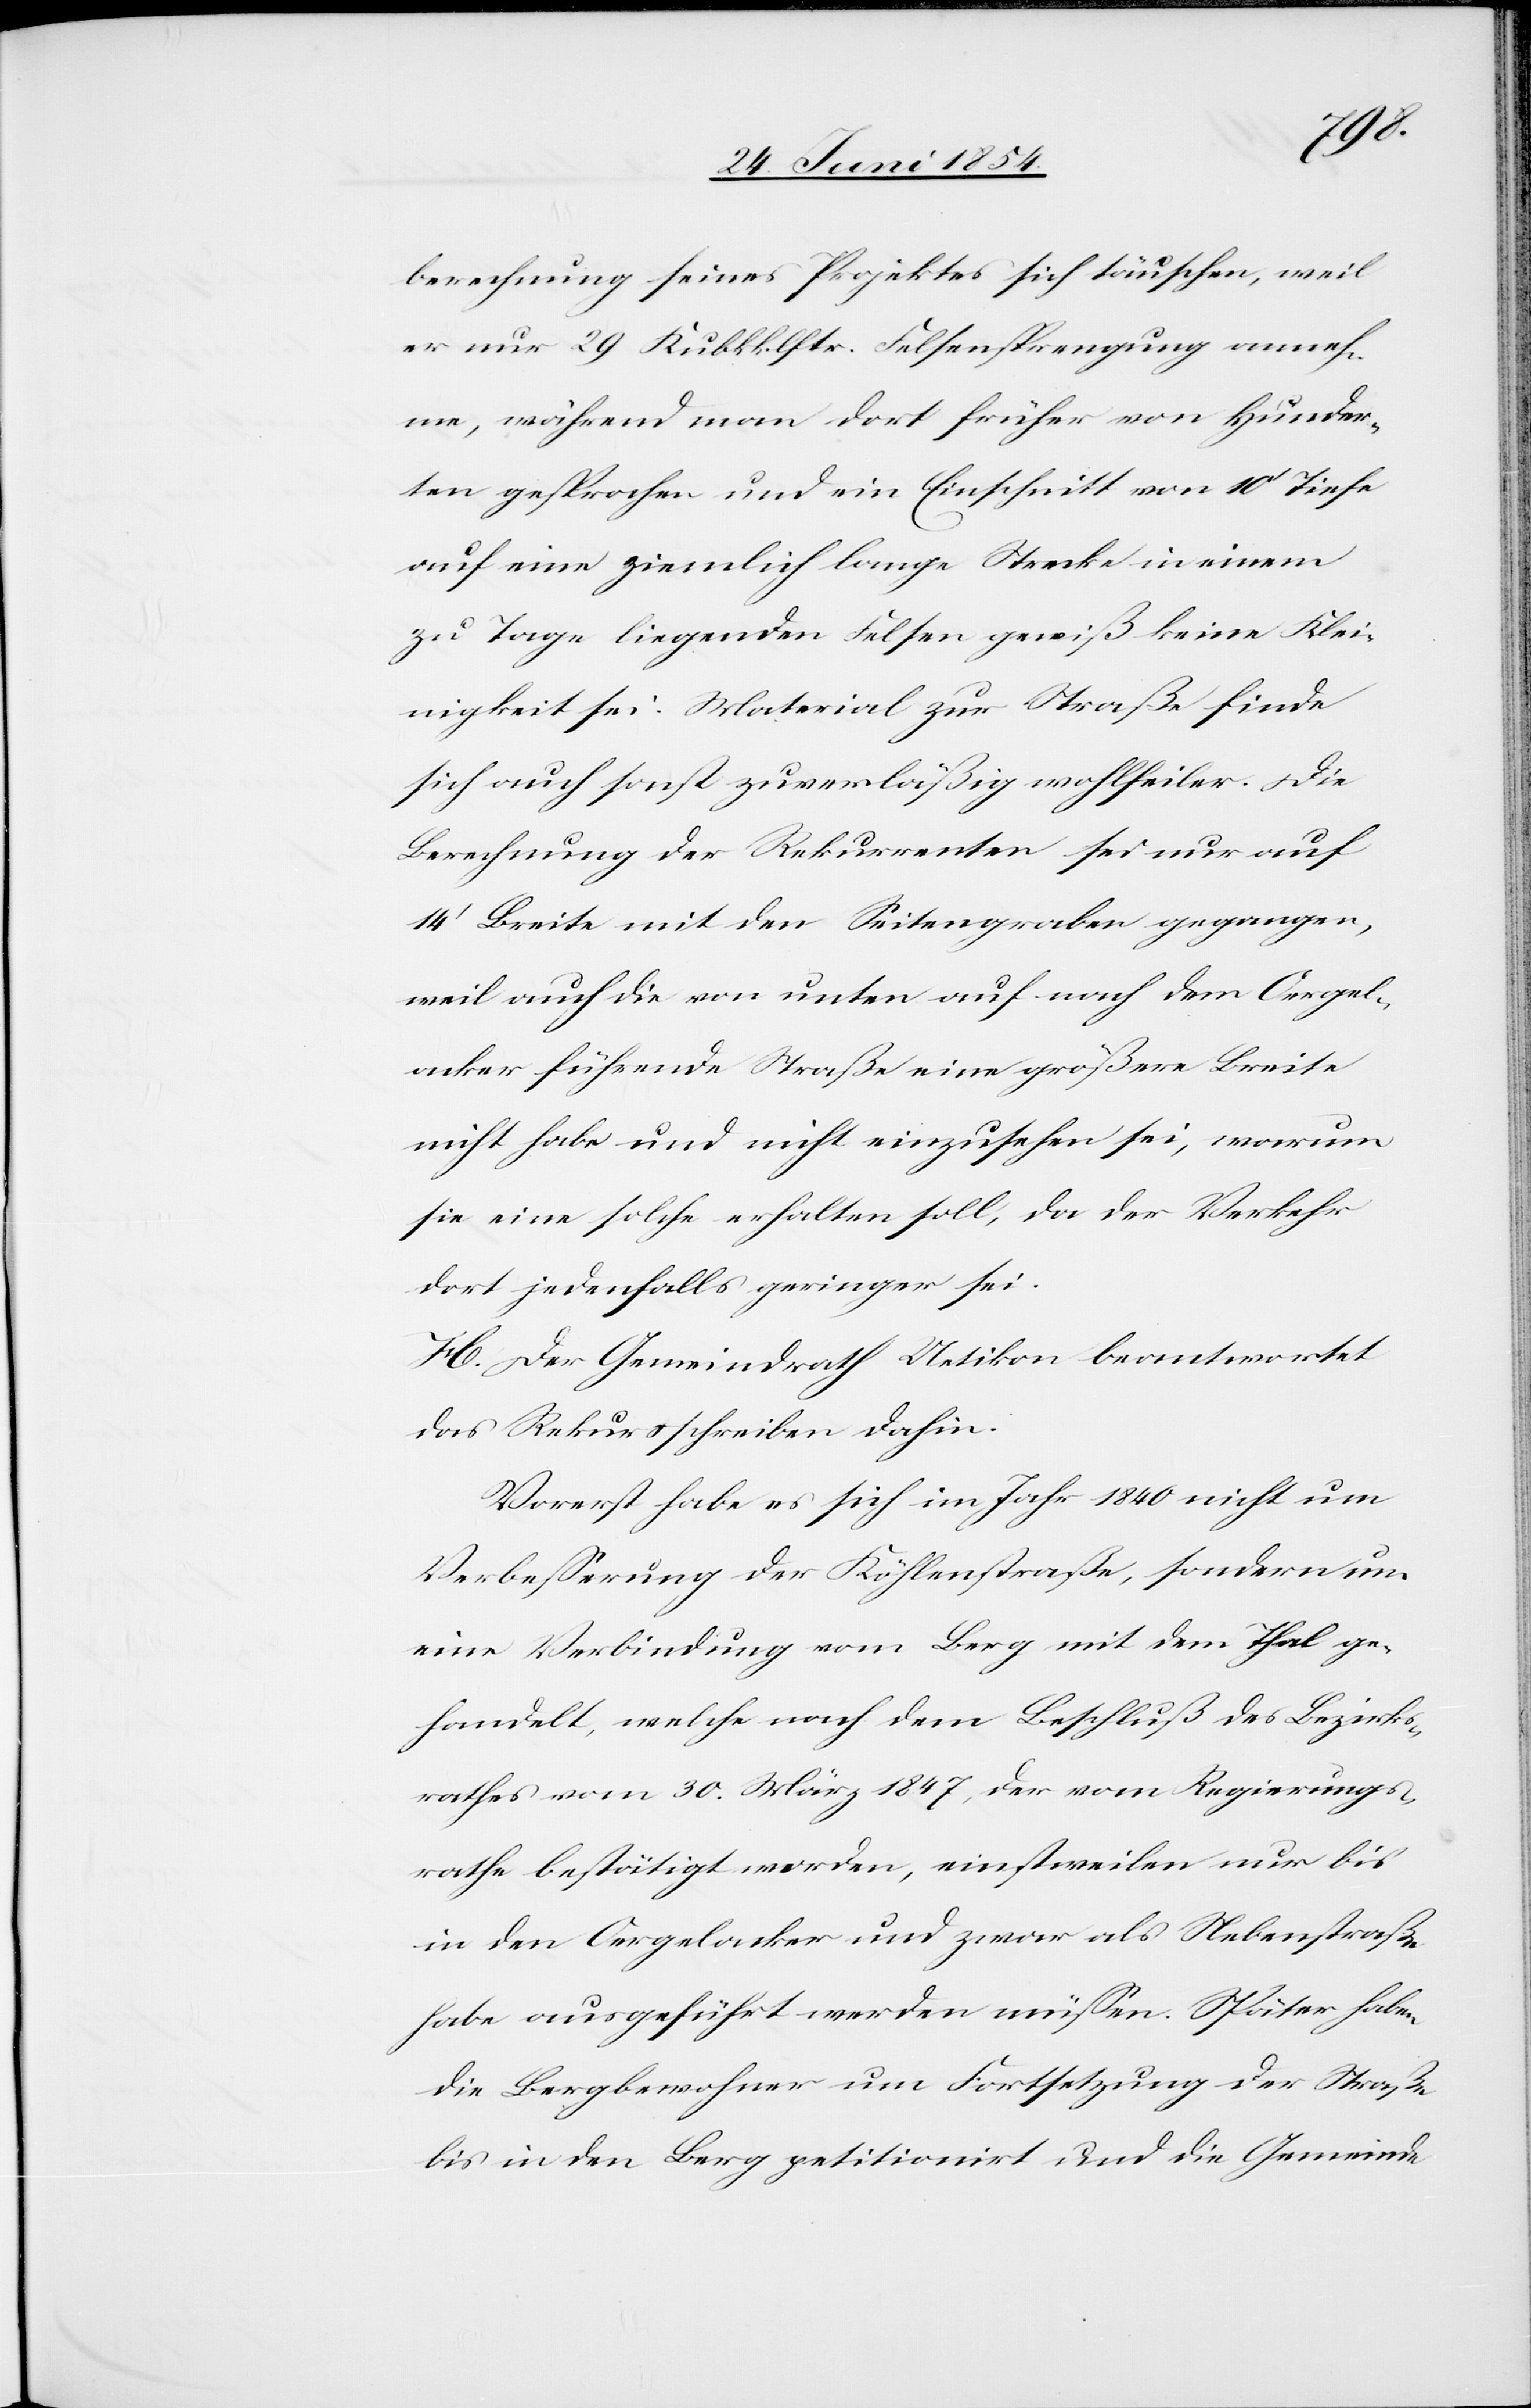
berechnung seines Projektes sich täuschen, weil
er nur 29 Kubikklstr. Felsensprengung anneh¬
me, während man dort früher von hunder¬
ten gesprochen und ein Einschnitt von 10‘ Tiefe
auf eine ziemlich lange Strecke in einem
zu Tage liegenden Felsen gewiß keine Klei¬
nigkeit sei. Material zur Straße finde
sich auch sonst zuverläßig wohlfeiler. Die
Berechnung der Rekurrenten sei nur auf
14‘ Breite mit den Seitengraben gegangen,
weil auch die von unten auf nach dem Oergel¬
acker führende Straße eine größere Breite
nicht habe und nicht einzusehen sei, warum
sie eine solche erhalten soll, da der Verkehr
dort jedenfalls geringer sei.
H. Der Gemeindrath Uetikon beantwortet
das Rekursschreiben dahin.
Vorerst habe es sich im Jahre 1840 nicht um
Verbeßerung der Köhlenstraße, sondern um
eine Verbindung vom Berg mit dem Thal ge¬
handelt, welche nach dem Beschluß des Bezirks¬
rathes vom 30. März 1847, der vom Regierungs¬
rathe bestätigt worden, einstweilen nur bis
in den Oergelacker und zwar als Nebenstraße
habe ausgeführt werden müßen. Später haben
die Bergbewohner um Fortsetzung der Straße
bis in den Berg petitionirt und die Gemeinde